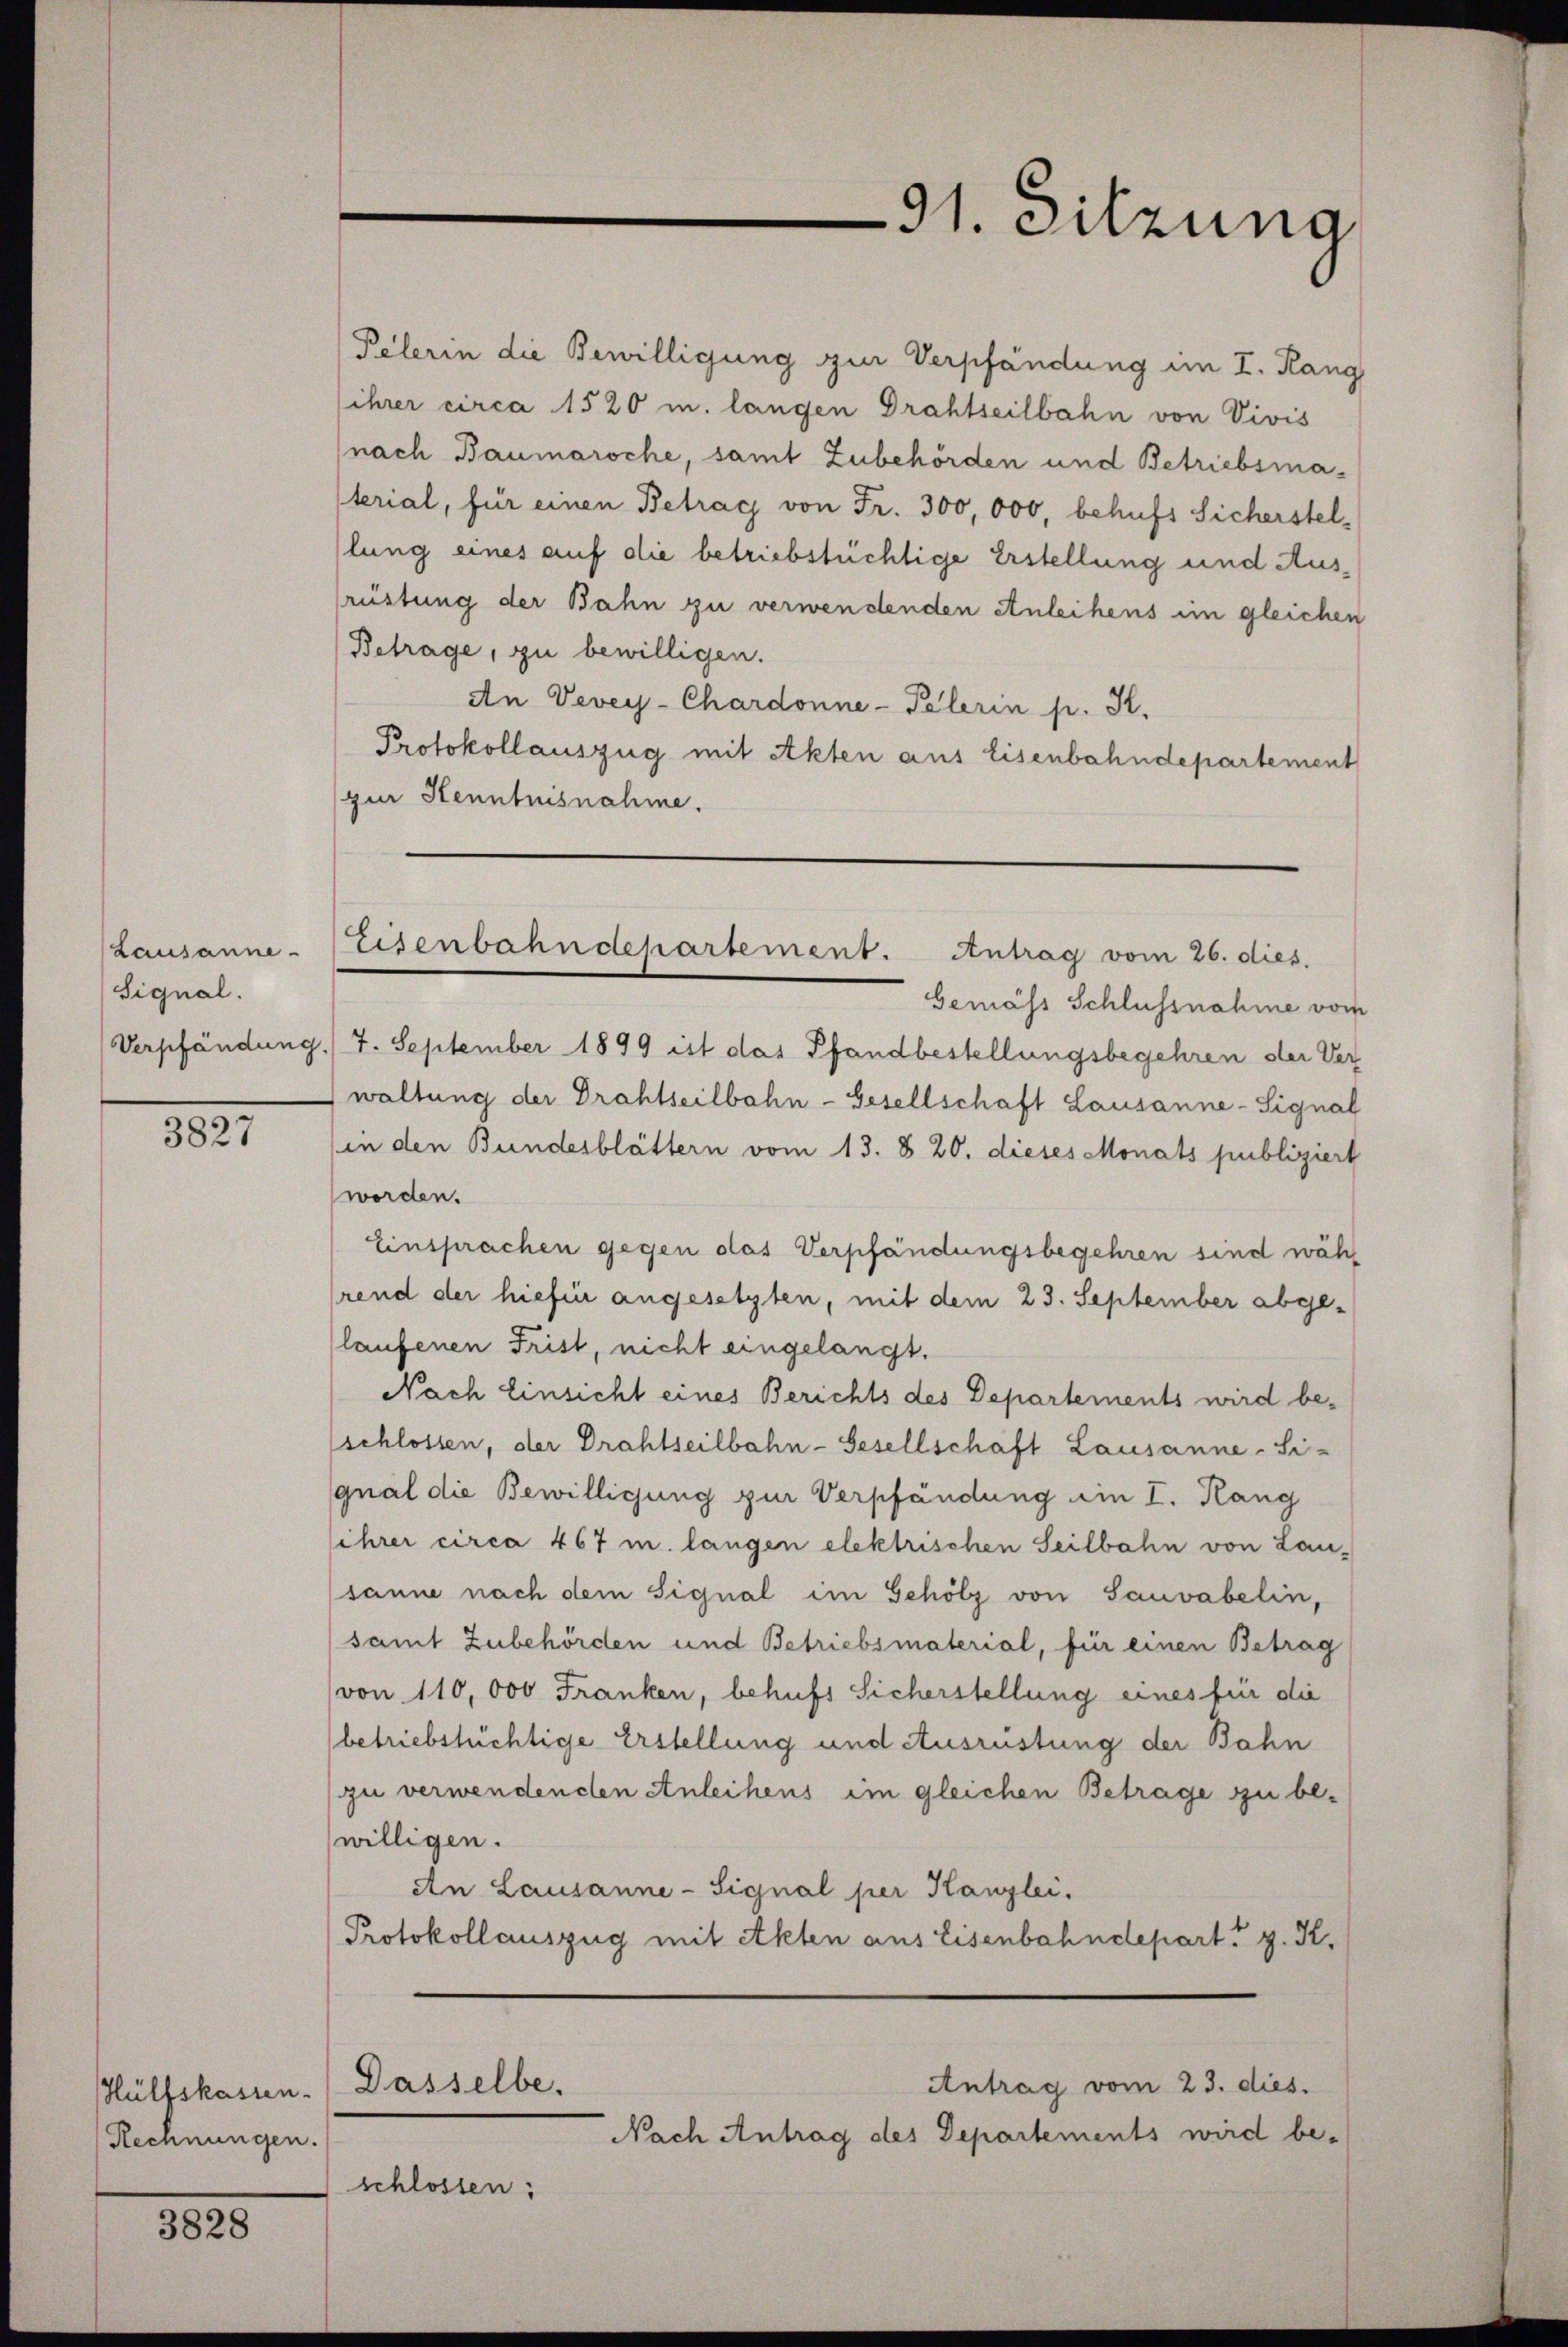
Lausanne
(Signal.

3827

Rechnungen.

3828

Pelerin die Bewilligung zur Verpfändung im I. Rang
ihrer circa 1520 u. langen Drahtseilbahn von Vivis
(nach Baumaroche, samt Zubehörden und Betriebsmasterial, für einen Betrag von Fr. 300,000, behufs Sicherstellung eines auf die betriebstüchtige Erstellung und Ausfrüstung der Bahn zu verwendenden Anleihens im gleichen
(Betrage, zu bewilligen.
An Vevey-Chardonne-Pelerin pr. K.
Protokollauszug mit Akten aus Eisenbahndepartement
zur Kenntnisnahme.

91. Sitzung

Eisenbahndepartement. Antrag vom 26. dies

Hülfskassen. Dasselbe.

Gemäss Schlussnahme vom
Verpfändung. 7. September 1899 ist das Pfandbestellungsbegehren der Verwaltung der Drahtseilbahn-Gesellschaft Lausanne-Signal
in den Bundesblättern vom 13. § 20. dieses Monats publiziert
worden.
Einsprachen gegen das Verpfändungsbegehren sind währ
(rend der hiefin angesetzten, mit dem 23. September abgelaufenen Frist, nicht eingelangt.
Nach Einsicht eines Berichts des Departements wird be¬
(schlossen, der Drahtseilbahn-Gesellschaft Lausanne - Signal die Bewilligung zur Verpfändung ein I. Hang
sihrer circa 467 m. langen elektrischen Seilbahn von Lau-
sanne nach dem Signal im Schölz von Sauvabelin,
samt Zubehörden und Betriebsmaterial, für einen Betrag
von 110,000 Franken, behufs Sicherstellung eines für die
betriebstüchtige Erstellung und Ausrüstung der Bahn
zu verwendenden Anleihens im gleichen Betrage zu be-
willigen.
An Lausanne - Signal per Kanzlei.
Protokollauszug mit Akten aus Eisenbahndepart z. K.

Antrag vom 23. dies.
Nach Antrag des Departements wird be-
schlossen: